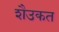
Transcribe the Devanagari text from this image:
शैउकत